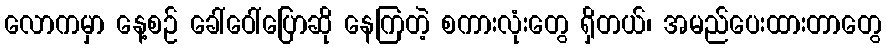
လောကမှာ နေ့စဉ် ခေါ်ဝေါ်ပြောဆို နေကြတဲ့ စကားလုံးတွေ ရှိတယ်၊ အမည်ပေးထားတာတွေ